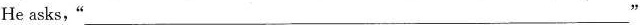
He asks, "___"